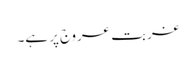
غربت عروج پر ہے۔